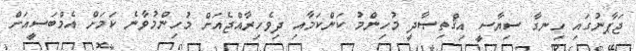
ޖަޕާނުގައި ހިނގާ ސިޔާސީ އިޤްތިޞާދީ މުހިންމު ކަންކަމާއި ދިވެހިރާއްޖެއަށް މުހިންމުވާނެ ކަމަށް އެމްބަސީއަށް